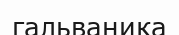
гальваника